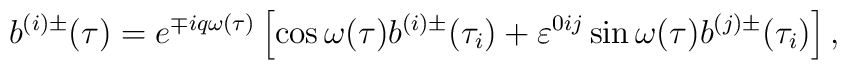
b^{(i)\pm}(\tau) = e^{\mp i q \omega(\tau)} \left[ \cos\omega(\tau) b^{(i)\pm}(\tau_i) + \varepsilon^{0ij} \sin\omega(\tau) b^{(j)\pm}(\tau_i) \right],